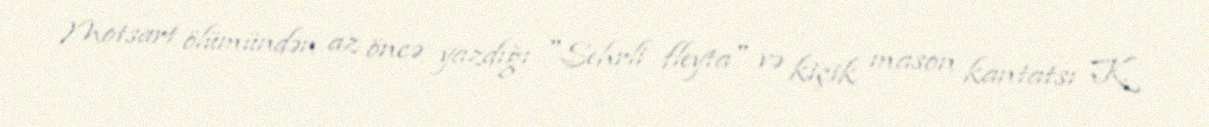
Motsart ölümündən az öncə yazdığı "Sehrli fleyta" və kiçik mason kantatsı K.